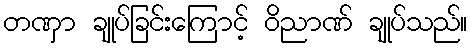
တဏှာ ချုပ်ခြင်းကြောင့် ဝိညာဏ် ချုပ်သည်။